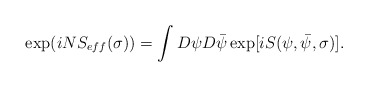
\begin{align*}\exp(i N S_{eff}( \sigma) ) = \int D\psi D\bar{\psi} \exp[ i S( \psi, \bar{\psi}, \sigma )].\end{align*}